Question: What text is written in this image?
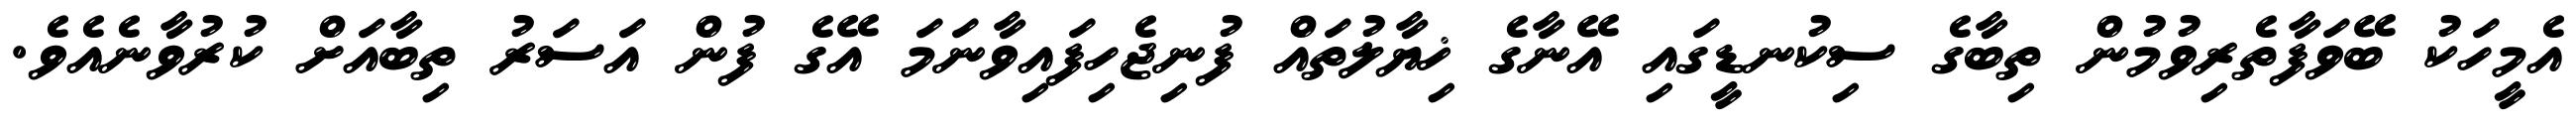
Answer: އެމީހަކު ބޭވަފާތެރިވުމުން ތިބާގެ ސިކުނޑީގައި އޭނާގެ ޚިޔާލުތައް ފުނިޖެހިފައިވާނަމަ އޭގެ ފުން އަސަރު ތިބާއަށް ކުރުވާނެއެވެ.